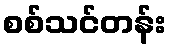
စစ်သင်တန်း